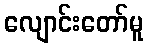
လျောင်းတော်မူ